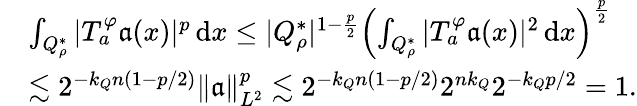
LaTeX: \begin{array}{rl}&{\int_{Q_{\rho}^{*}}|T_{a}^{\varphi}\mathfrak{a}(x)|^{p}\, \mathrm{d}x\leq|Q_{\rho}^{*}|^{1-\frac p2}\Big({\int_{Q_{\rho}^{*}}|T_{a}^{\varphi}\mathfrak{a}(x)|^{2}\, \mathrm{d}x}\Big)^{\frac p2}}\\ &{\lesssim 2^{-k_{Q}n(1-p/2)}\| \mathfrak{a}\| _{L^{2}}^{p}\lesssim 2^{-k_{Q}n(1-p/2)}2^{nk_{Q}}2^{-k_{Q}p/2}=1.}\end{array}